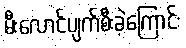
မီးလောင်ပျက်စီးခဲ့ကြောင်း